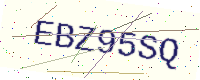
Text: EBZ95SQ